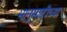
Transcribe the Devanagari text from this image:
भानुमातीच्या